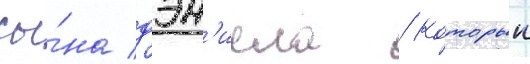
сы́на дэн'иела / которыи